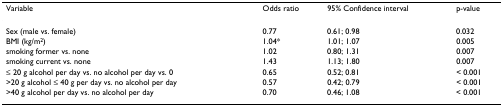
| Variable | Odds ratio | 95% Confidence interval | p-value |
 | --- | --- | --- | --- |
 | Sex (male vs. female) | 0.77 | 0.61; 0.98 | 0.032 |
 | BMI (kg/m2) | 1.04* | 1.01; 1.07 | 0.005 |
 | smoking former vs. none | 1.02 | 0.80; 1.31 | 0.007 |
 | smoking current vs. none | 1.43 | 1.13; 1.80 | 0.007 |
 | ≤ 20 g alcohol per day vs. no alcohol per day vs. 0 | 0.65 | 0.52; 0.81 | < 0.001 |
 | >20 g alcohol ≤ 40 g per day vs. no alcohol per day | 0.57 | 0.42; 0.79 | < 0.001 |
 | >40 g alcohol per day vs. no alcohol per day | 0.70 | 0.46; 1.08 | < 0.001 |